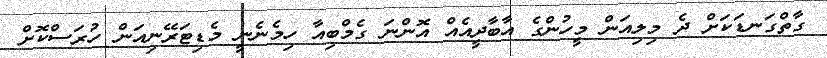
ގާތްގަނޑަކަށް ދެ މިލިއަން މީހުންގެ އާބާދީއެއް އޮންނަ ގެމްބިއާ ހިމެނެނީ މެޑިޓަރޭނިއަން ހުރަސްކޮށް